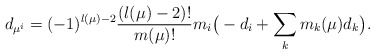
\begin{align*}d_{\mu^i}=(-1)^{l(\mu)-2}\frac{(l(\mu)-2)!}{m(\mu)!}m_i\big(-d_i+\sum_km_{k}(\mu)d_k\big).\end{align*}